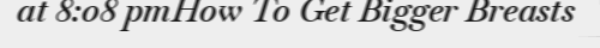
at 8:08 pmHow To Get Bigger Breasts